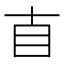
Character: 𥃭